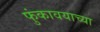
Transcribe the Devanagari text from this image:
फुंकावयाच्या